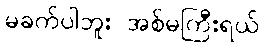
မခက်ပါဘူး အစ်မကြီးရယ်